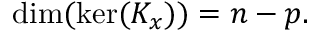
\dim ( \ker ( K _ { x } ) ) = n - p .